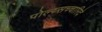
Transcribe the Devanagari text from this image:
पोल्य्सच्चारिदे